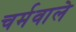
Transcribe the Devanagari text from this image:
चर्मवाले